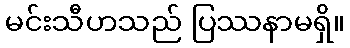
မင်းသီဟသည် ပြဿနာမရှိ။